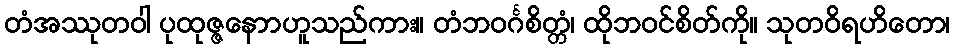
တံအဿုတဝါ ပုထုဇ္ဇနောာဟူသည်ကား။ တံဘဝင်္ဂစိတ္တံ၊ ထိုဘဝင်စိတ်ကို။ သုတဝိရဟိတော၊